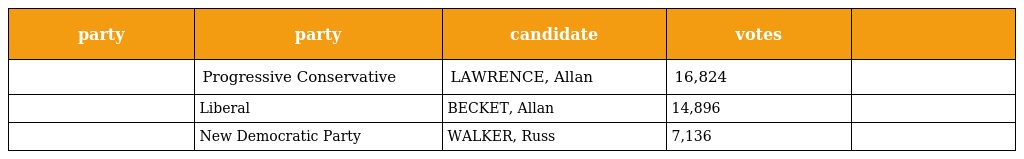
| party | party | candidate | votes |  |
 | --- | --- | --- | --- | --- |
 |  | Progressive Conservative | LAWRENCE, Allan | 16,824 |  |
 |  | Liberal | BECKET, Allan | 14,896 |  |
 |  | New Democratic Party | WALKER, Russ | 7,136 |  |